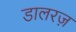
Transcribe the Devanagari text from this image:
डालरज़